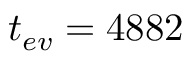
t _ { e v } = 4 8 8 2